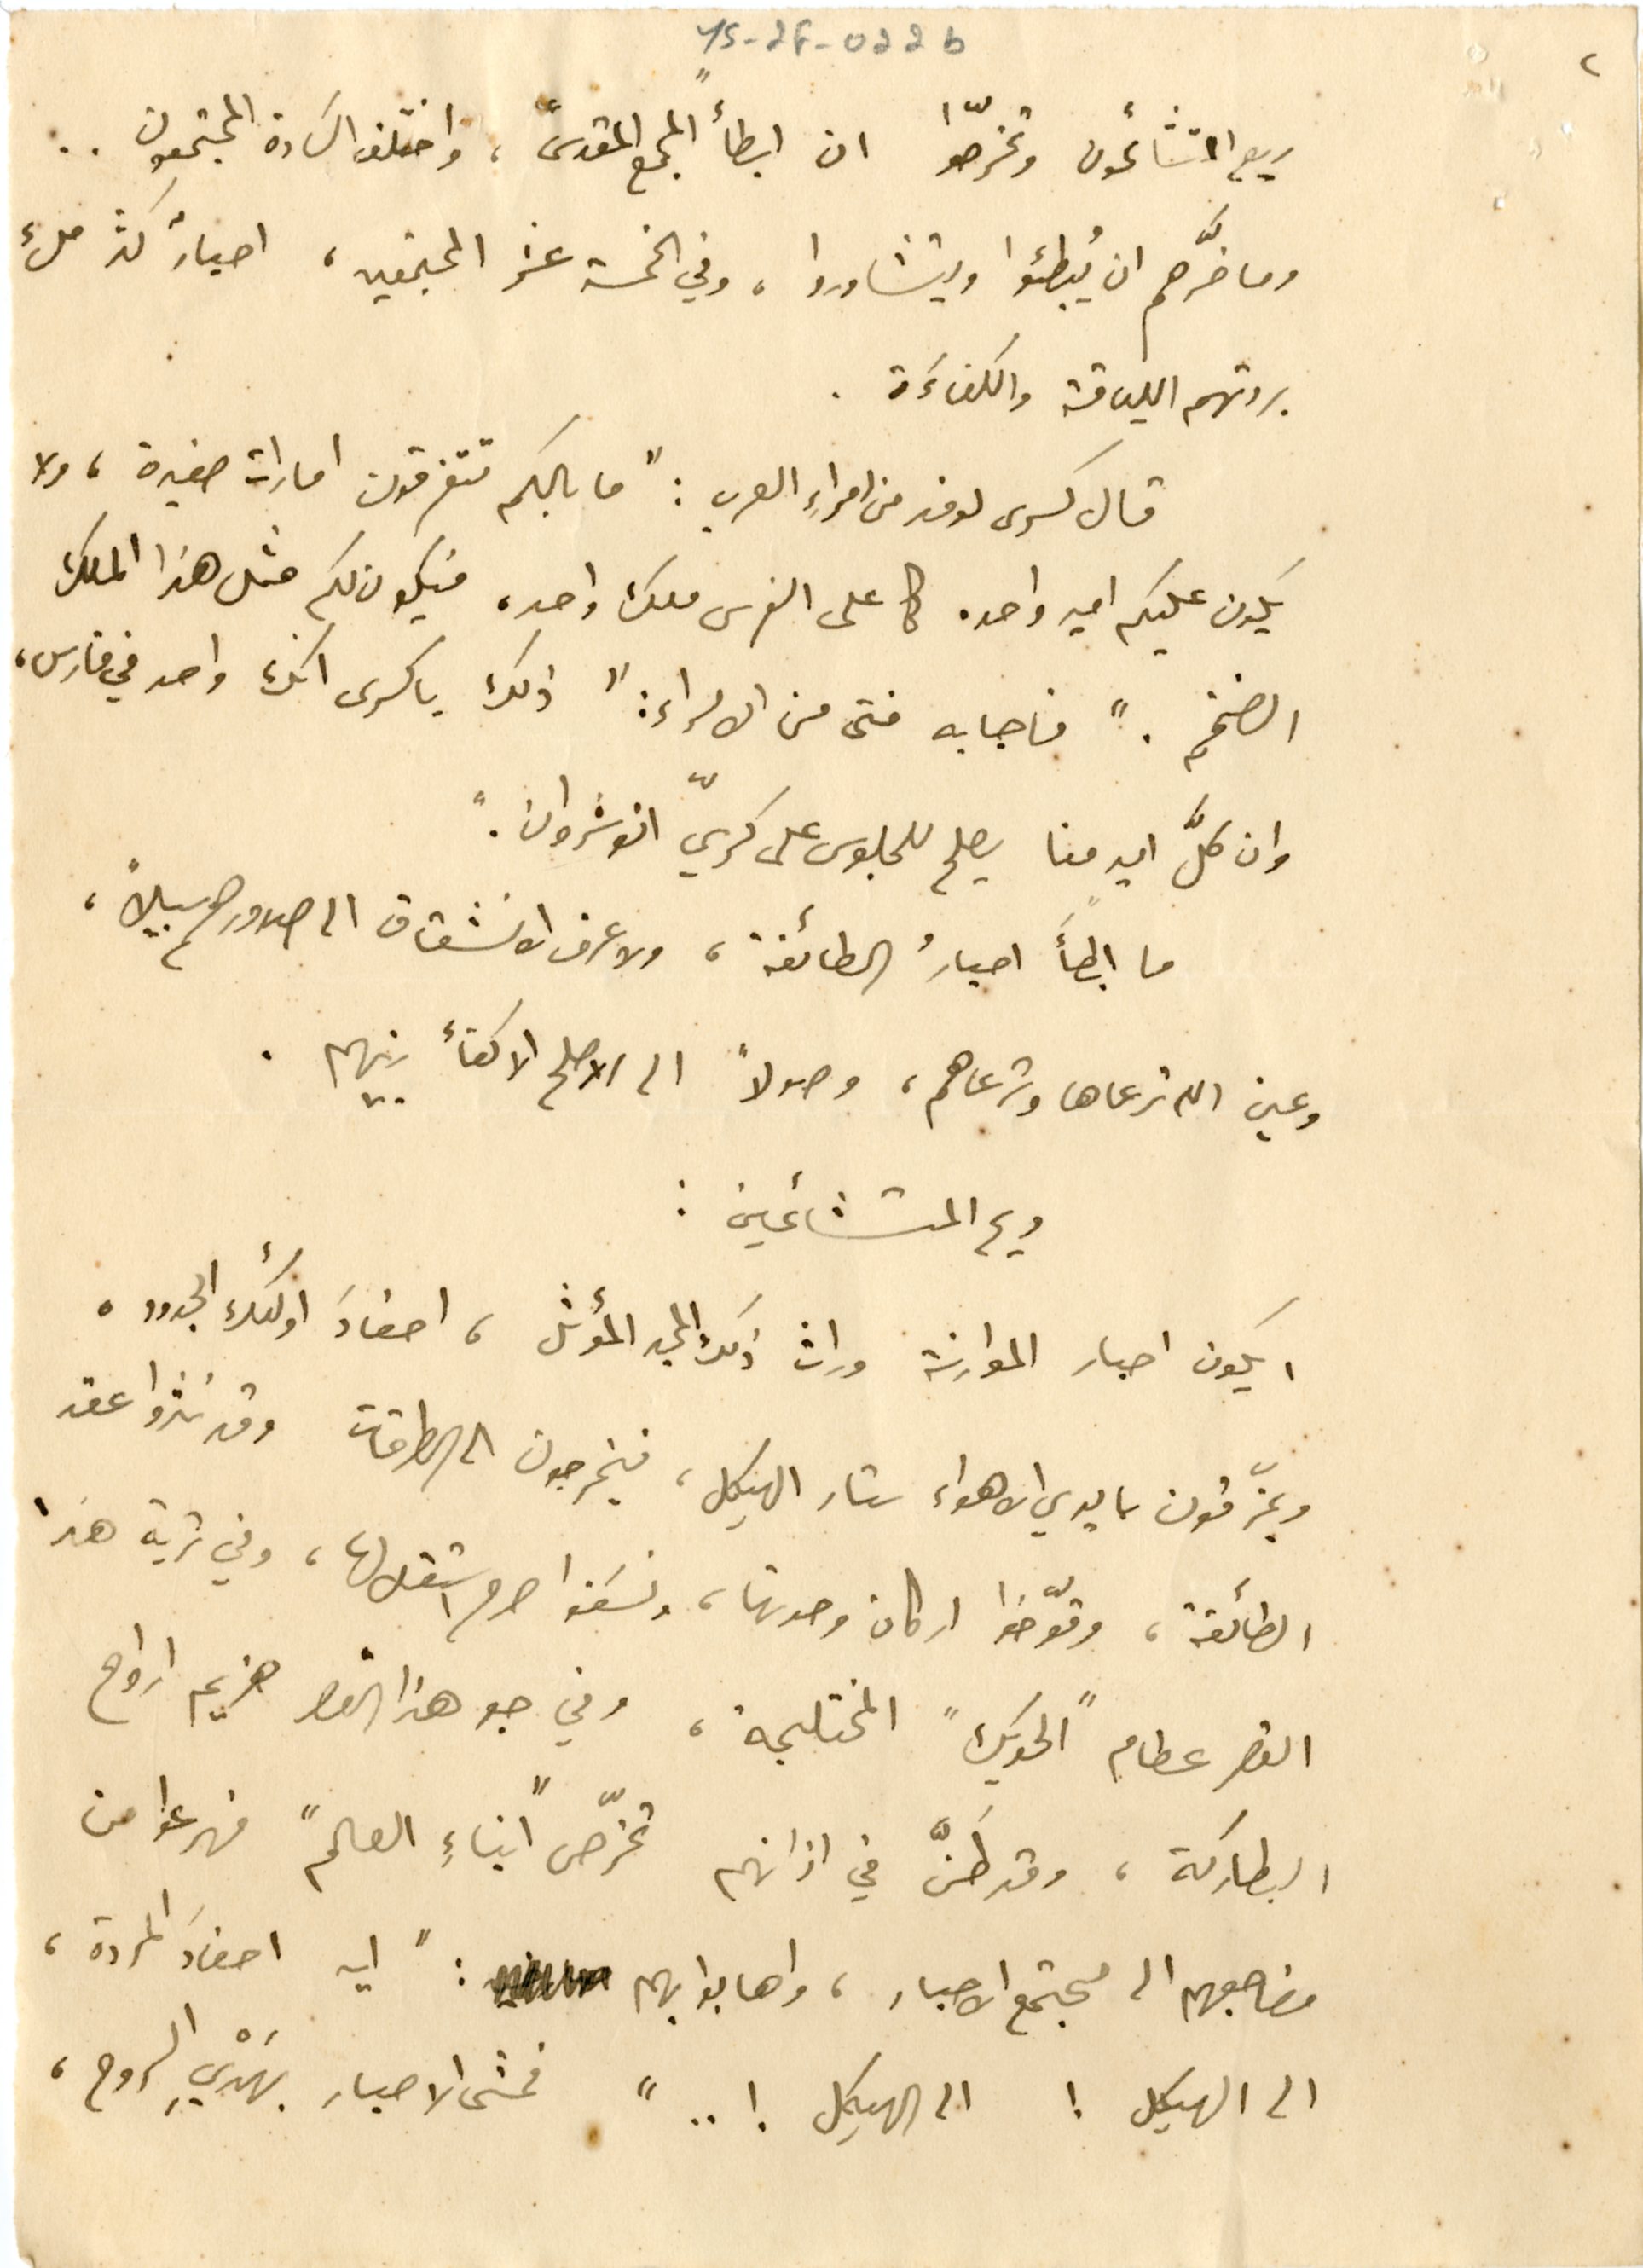
YS_2F_022b		٢
ربح المتشائمون وتخرّصوا ان ابطأ "المجمع المقدس"، واختلف السَادة المجتمعون..
وما ضرَّهم ان يُبطئوا ويتشاوروا، وفي الخمسة عشر المجتمعين، احبارٌ كثر ملء
بروتهم اللياقة والكفاءَة.
قال كسرى لوفد من امراء العرب : "ما بالكم تتفرقون امارات صغيرة، ولا
يكون عليكم امير واحد. كما على الفرس ملك واحد، فيكون لكم مثل هذا الملك
الضخم." فاجابه فتى من الامراء: "ذلك يا كسرى انك واحد في فارس،
وان كلَّ امير منا يصلح للجلوس على كرسيّ انوشروان."
ما ابطأ احبارُ الطائفة، ولا عرف الانشقاق الى صدورهم سبيلاً،
وعين الله ترعاها وترعاهم، وصولاً الى الاصلح الاكفأ بينهم.
ريح المتشائمين :
ايكون احبار الموارنة وارث ذلك المجد المؤثر، احفادَ اولئك الجدود.
ويمزّقون بايدي الاهواء ستار الهيكل، فيخرجون الى الطرقات وقد نثروا عقد
الطائفة، وقوّضوا اركان وحدتها، ونسَفوا صرح استقلالها، وفي ثرية هذا
القصر عظام "الحويك" المختلجة، وفي جو هذا القصر هزيم ارواح
البطاركة، وقد طَنَّ في اذانهم تخرّص "ابناء العالم" فهرعوا من
مضاجعهم الى مجتمع الاحبار، واهابوا بهم : "اي احفادَ المردة،
الى الهيكل ! الى الهيكل ! .." فمشى الاحبار بهَدْيِ الروح،